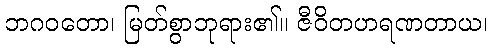
ဘဂဝတော၊ မြတ်စွာဘုရား၏။ ဇီဝိတဟရဏတာယ၊